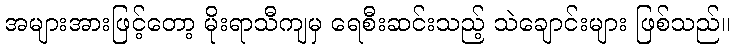
အများအားဖြင့်တော့ မိုးရာသီကျမှ ရေစီးဆင်းသည့် သဲချောင်းများ ဖြစ်သည်။